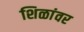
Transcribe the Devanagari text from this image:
शिळांवर